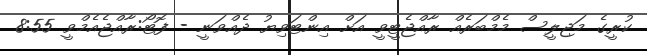
ކުރީގެ މަޖިލީސް މެމްބަރެއް ރާއްޖެޓީވީ އަށް އިންޓަވިޔު ދެއްވަނީ - ފޮޓޯ:ރާއްޖެއެމްވީ 8:55